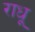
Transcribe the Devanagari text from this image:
राधू